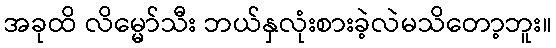
အခုထိ လိမ္မော်သီး ဘယ်နှလုံးစားခဲ့လဲမသိတော့ဘူး။